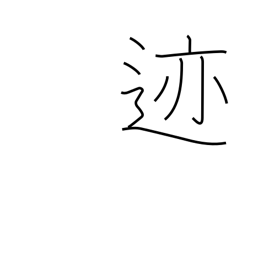
Meaning: impression